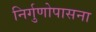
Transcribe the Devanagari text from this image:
निर्गुणोपासना